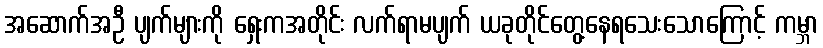
အဆောက်အဦ ပျက်များကို ရှေးကအတိုင်း လက်ရာမပျက် ယခုတိုင်တွေ့နေရသေးသောကြောင့် ကမ္ဘာ